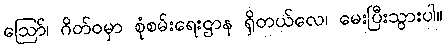
ဩော်၊ ဂိတ်ဝမှာ စုံစမ်းရေးဌာန ရှိတယ်လေ၊ မေးပြီးသွားပါ။